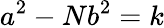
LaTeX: a^{2}-Nb^{2}=k